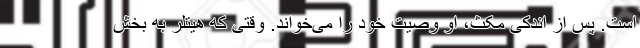
است. پس از اندکی مکث، او وصیت خود را می‌خواند. وقتی که هیتلر به بخش